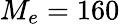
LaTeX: M_{e}=160